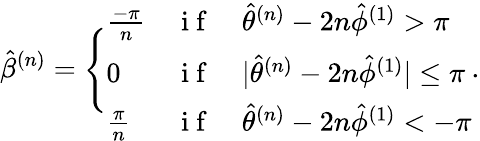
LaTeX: \hat{\beta}^{(n)}=\Bigg\{ \begin{array}{lll}{\frac{-\pi}{n}}&{\mathrm{~i~f~}}&{\hat{\theta}^{(n)}-2n\hat{\phi}^{(1)}>\pi}\\ {0}&{\mathrm{~i~f~}}&{|\hat{\theta}^{(n)}-2n\hat{\phi}^{(1)}|\leq\pi}\\ {\frac{\pi}{n}}&{\mathrm{~i~f~}}&{\hat{\theta}^{(n)}-2n\hat{\phi}^{(1)}<-\pi}\end{array}.